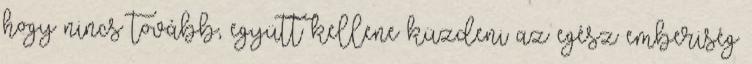
hogy nincs tovább, együtt kellene küzdeni az egész emberiség